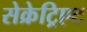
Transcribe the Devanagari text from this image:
सेक्रेट्रिएट